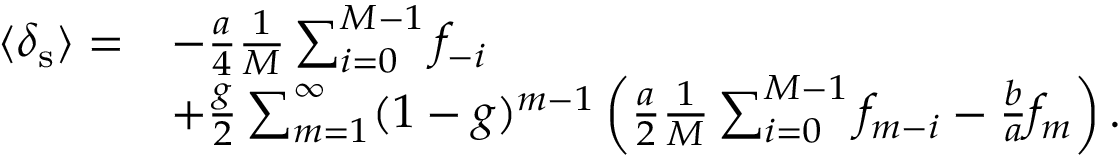
\begin{array} { r l } { \langle \delta _ { \mathrm { s } } \rangle = } & { - \frac { a } { 4 } \frac { 1 } { M } \sum _ { i = 0 } ^ { M - 1 } f _ { - i } } \\ & { + \frac { g } { 2 } \sum _ { m = 1 } ^ { \infty } ( 1 - g ) ^ { m - 1 } \left( \frac { a } { 2 } \frac { 1 } { M } \sum _ { i = 0 } ^ { M - 1 } f _ { m - i } - \frac { b } { a } f _ { m } \right) . } \end{array}